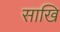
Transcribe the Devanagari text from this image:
साखि